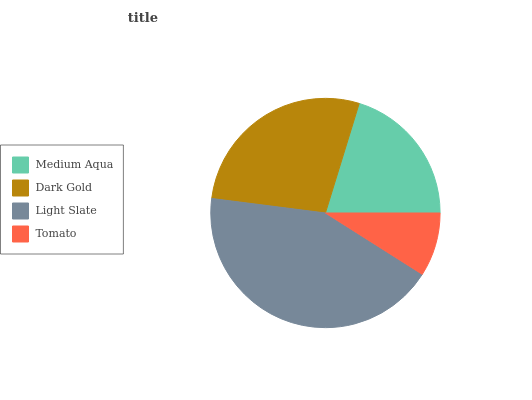
| Medium Aqua | Dark Gold | Light Slate | Tomato |
 | --- | --- | --- | --- |
 | 20.2% | 27.7% | 43% | 9% |